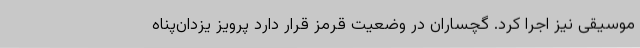
موسیقی نیز اجرا کرد. گچساران در وضعیت قرمز قرار دارد پرویز یزدان‌پناه